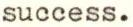
success.